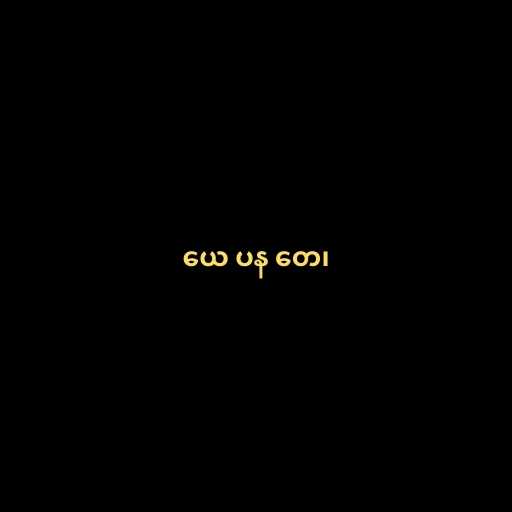
ယေ ပန တေ၊